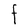
Character: F